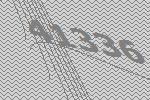
41336